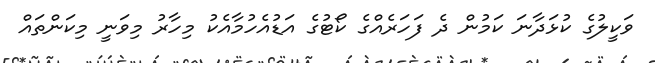
ވަކީލުގެ ކުޅަދާނަ ކަމުން ދެ ފަހަރެއްގެ ކޯޓުގެ އަޑުއެހުމާއެކު މިހާރު މިވަނީ މިކަންތައް